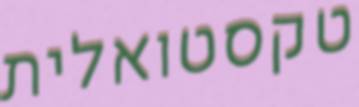
טקסטואלית